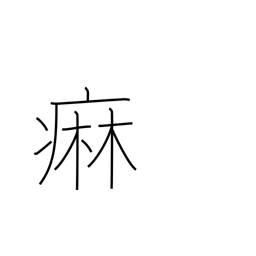
Meaning: gonorrhea